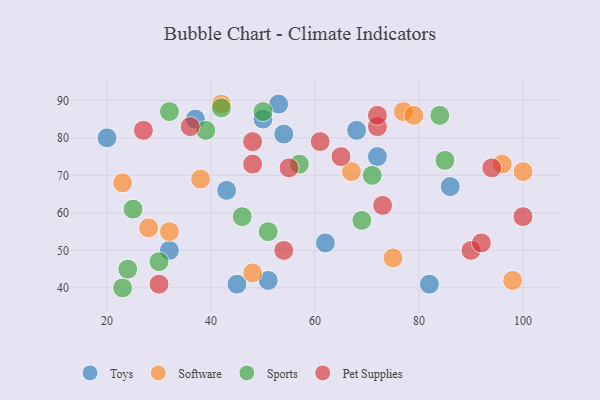
{"axis": {"x": "GDP", "y": "Life Expectancy"}, "legend": ["Pet Supplies", "Software", "Sports", "Toys"], "data": [{"x": "45", "y": 41, "type": "Toys"}, {"x": "20", "y": 80, "type": "Toys"}, {"x": "54", "y": 81, "type": "Toys"}, {"x": "72", "y": 75, "type": "Toys"}, {"x": "50", "y": 85, "type": "Toys"}, {"x": "53", "y": 89, "type": "Toys"}, {"x": "32", "y": 50, "type": "Toys"}, {"x": "43", "y": 66, "type": "Toys"}, {"x": "68", "y": 82, "type": "Toys"}, {"x": "86", "y": 67, "type": "Toys"}, {"x": "51", "y": 42, "type": "Toys"}, {"x": "62", "y": 52, "type": "Toys"}, {"x": "82", "y": 41, "type": "Toys"}, {"x": "37", "y": 85, "type": "Toys"}, {"x": "23", "y": 68, "type": "Software"}, {"x": "67", "y": 71, "type": "Software"}, {"x": "42", "y": 89, "type": "Software"}, {"x": "77", "y": 87, "type": "Software"}, {"x": "79", "y": 86, "type": "Software"}, {"x": "100", "y": 71, "type": "Software"}, {"x": "48", "y": 44, "type": "Software"}, {"x": "28", "y": 56, "type": "Software"}, {"x": "32", "y": 55, "type": "Software"}, {"x": "98", "y": 42, "type": "Software"}, {"x": "96", "y": 73, "type": "Software"}, {"x": "38", "y": 69, "type": "Software"}, {"x": "75", "y": 48, "type": "Software"}, {"x": "57", "y": 73, "type": "Sports"}, {"x": "71", "y": 70, "type": "Sports"}, {"x": "23", "y": 40, "type": "Sports"}, {"x": "30", "y": 47, "type": "Sports"}, {"x": "42", "y": 88, "type": "Sports"}, {"x": "32", "y": 87, "type": "Sports"}, {"x": "39", "y": 82, "type": "Sports"}, {"x": "50", "y": 87, "type": "Sports"}, {"x": "24", "y": 45, "type": "Sports"}, {"x": "85", "y": 74, "type": "Sports"}, {"x": "46", "y": 59, "type": "Sports"}, {"x": "69", "y": 58, "type": "Sports"}, {"x": "51", "y": 55, "type": "Sports"}, {"x": "25", "y": 61, "type": "Sports"}, {"x": "84", "y": 86, "type": "Sports"}, {"x": "73", "y": 62, "type": "Pet Supplies"}, {"x": "27", "y": 82, "type": "Pet Supplies"}, {"x": "90", "y": 50, "type": "Pet Supplies"}, {"x": "48", "y": 73, "type": "Pet Supplies"}, {"x": "72", "y": 83, "type": "Pet Supplies"}, {"x": "92", "y": 52, "type": "Pet Supplies"}, {"x": "100", "y": 59, "type": "Pet Supplies"}, {"x": "65", "y": 75, "type": "Pet Supplies"}, {"x": "48", "y": 79, "type": "Pet Supplies"}, {"x": "55", "y": 72, "type": "Pet Supplies"}, {"x": "94", "y": 72, "type": "Pet Supplies"}, {"x": "72", "y": 86, "type": "Pet Supplies"}, {"x": "54", "y": 50, "type": "Pet Supplies"}, {"x": "36", "y": 83, "type": "Pet Supplies"}, {"x": "30", "y": 41, "type": "Pet Supplies"}, {"x": "61", "y": 79, "type": "Pet Supplies"}]}